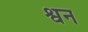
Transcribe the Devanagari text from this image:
श्वन